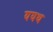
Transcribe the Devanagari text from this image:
ययथ